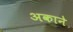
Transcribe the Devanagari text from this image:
अकाने